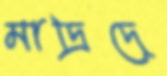
মাদ্রিদে